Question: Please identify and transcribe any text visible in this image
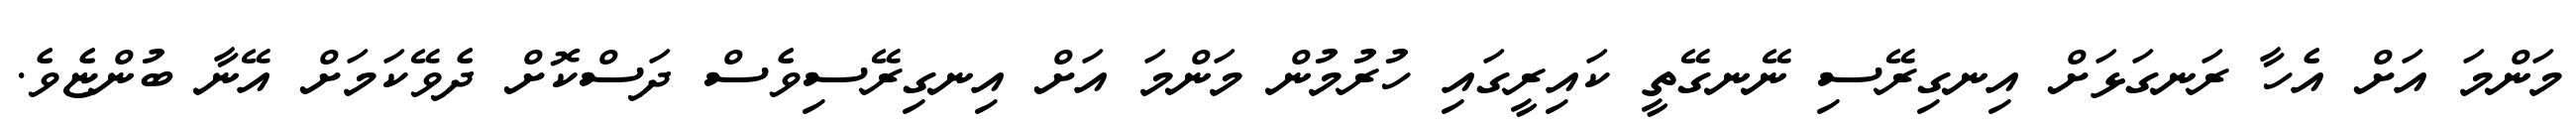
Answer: މަންމަ އަށް އެހާ ރަނގަޅަށް އިނގިރޭސި ނޭނގޭތީ ކައިރީގައި ހުރުމުން މަންމަ އަށް އިނގިރޭސިވެސް ދަސްކޮށް ދެވޭކަމަށް އޭނާ ބުންޏެވެ.